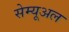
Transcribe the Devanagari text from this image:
सेम्यूअल